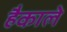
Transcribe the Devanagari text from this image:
हैकाले